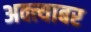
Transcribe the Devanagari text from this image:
अक्त्याबर